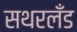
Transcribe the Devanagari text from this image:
सथरलँड